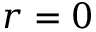
r = 0